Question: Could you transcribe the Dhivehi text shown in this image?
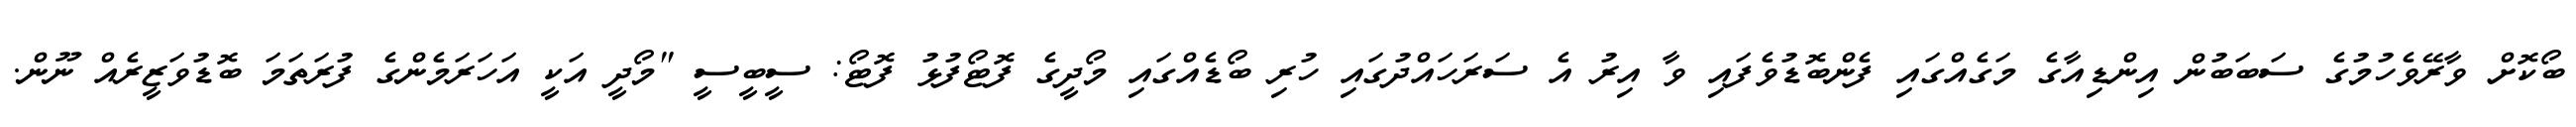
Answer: ބޯކޮށް ވާރޭވެހުމުގެ ސަބަބުން އިންޑިއާގެ މަގެއްގައި ފެންބޮޑުވެފައި ވާ އިރު އެ ސަރަހައްދުގައި ހުރި ބޯޑެއްގައި މޯދީގެ ފޮޓޯފުޅު ފޮޓޯ: ސީބީސީ "މޯދީ އަކީ އަހަރަމެންގެ ފުރަތަމަ ބޮޑުވަޒީރެއް ނޫން.